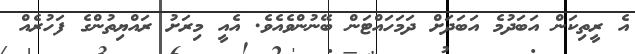
އެ ރީތިކަން އަބަދުމެ އަބަދަށް ދަމަހައްޓަން ބޭނުންވެއެވެ. އެއީ މިރަށު ރައްޔިތުންގެ ފަހުރެއް